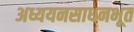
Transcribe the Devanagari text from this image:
अध्ययनसाधनभूत